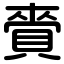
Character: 賫